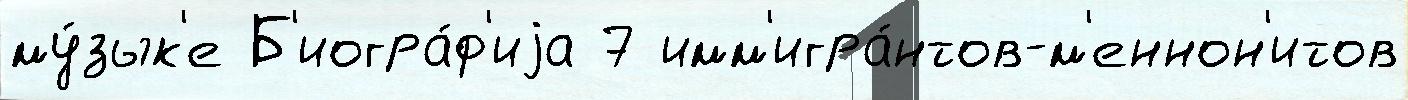
му́зык'е Б'иогра́ф'иjа 7 имм'игра́нтов-м'еннон'итов